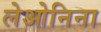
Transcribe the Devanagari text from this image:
लेओनिना